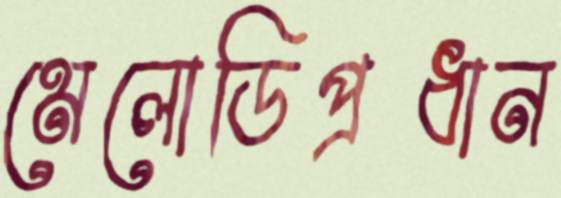
মেলোডিপ্রধান